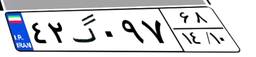
۴۲گ۰۹۷۶۸